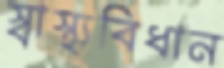
স্বাস্থ্যবিধান